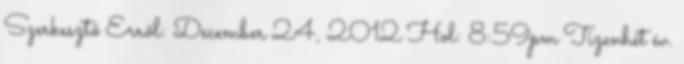
Szerkesztő Erről: December 24, 2012 Hol: 8:59pm Tizenhét év.